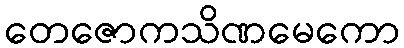
တေဇောကသိဏမေကော